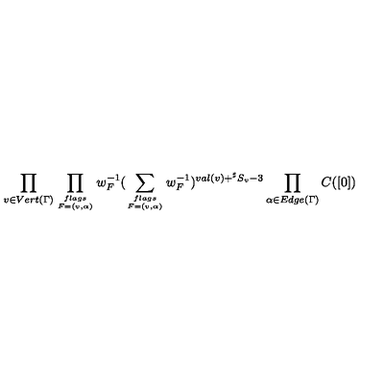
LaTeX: \prod _ { v \in V e r t ( \Gamma ) } \prod _ { { f l a g s } \atop { F = ( v , \alpha ) } } w _ { F } ^ { - 1 } ( \sum _ { { f l a g s } \atop { F = ( v , \alpha ) } } w _ { F } ^ { - 1 } ) ^ { v a l ( v ) + { } ^ { \sharp } S _ { v } - 3 } \prod _ { \alpha \in E d g e ( \Gamma ) } C ( [ 0 ] )